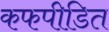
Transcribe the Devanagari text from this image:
कफपीडित